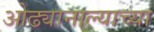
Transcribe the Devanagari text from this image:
ओढ्यानाल्याच्या